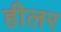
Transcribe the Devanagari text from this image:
हीलर